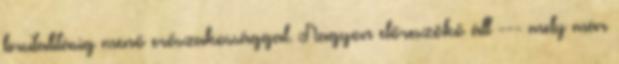
brutalitásig menő erőszakossággal. Nagyon előreszökő áll --- mely már